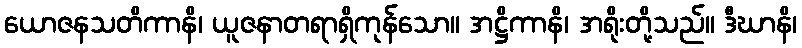
ယောဇနသတိကာနိ၊ ယူဇနာတရာရှိကုန်သော။ အဋ္ဌိကာနိ၊ အရိုးတို့သည်။ ဒီဃာနိ၊